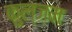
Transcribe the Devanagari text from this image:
कुल्ज़म